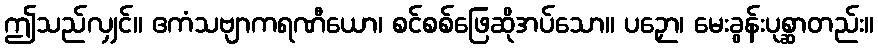
ဤသည်လျှင်။ ဧကံသဗျာကရဏီယော၊ စင်စစ်ဖြေဆိုအပ်သော။ ပဉှော၊ မေးခွန်းပုစ္ဆာတည်း။